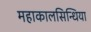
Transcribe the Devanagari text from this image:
महाकालसिन्धिया